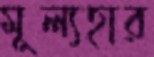
মূল্যহার